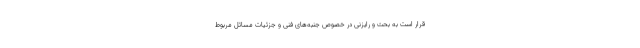
قرار است به بحث و رایزنی در خصوص جنبه‌های فنی و جزئیات مسائل مربوط